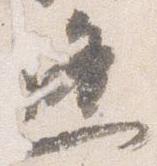
逢